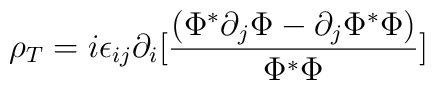
\rho_T=i\epsilon_{ij}\partial_i[{(\Phi^*\partial_j\Phi-\partial_j\Phi^*\Phi)\over\Phi^*\Phi}]